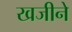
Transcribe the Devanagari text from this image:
खजीने